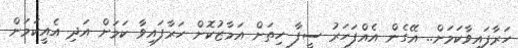
ހަރާފައިވާކަމަށް.. އޭގެން އެއްފަހަރު ސީފާ ހިތަށް އަމާޒުކޮށް ހަރާފައިވާ ކަމަށް އަދި އެއީކަމަށް